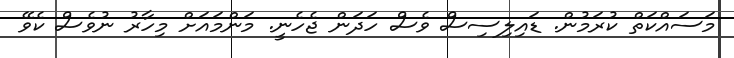
މަސައްކަތް ކުރަމުން. ޑައިލިސިސް ވެސް ހަދަން ޖެހެނީ. މަންމައަށް މިހާރު ނުވެސް ކެވޭ